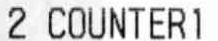
2 COUNTERI